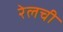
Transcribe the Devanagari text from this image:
रेलची